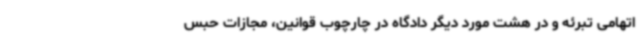
اتهامی تبرئه و در هشت مورد دیگر دادگاه در چارچوب قوانین، مجازات حبس